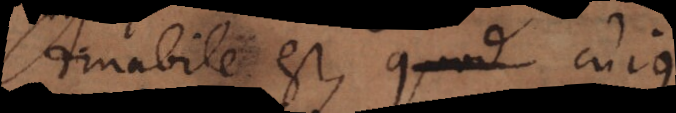
Amabile est, cujus